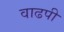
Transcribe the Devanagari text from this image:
वाढपी